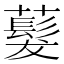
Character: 𬟂